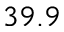
3 9 . 9